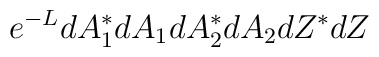
e^{-L}dA_1^{*}dA_1dA_2^{*}dA_2dZ^{*}dZ